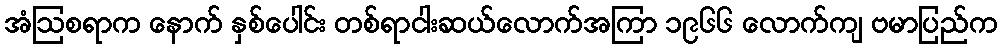
အံဩစရာက နောက် နှစ်ပေါင်း တစ်ရာငါးဆယ်လောက်အကြာ ၁၉၆၆ လောက်ကျ ဗမာပြည်က